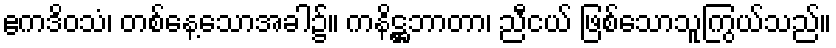
ဧကဒိဝသံ၊ တစ်နေ့သောအခါ၌။ ကနိဋ္ဌဘာတာ၊ ညီငယ် ဖြစ်သောသူကြွယ်သည်။